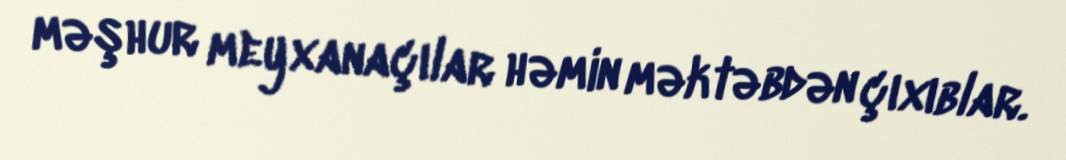
məşhur meyxanaçılar həmin məktəbdən çıxıblar.